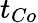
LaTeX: t_{Co}